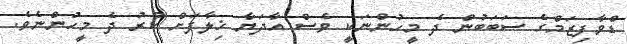
ޑްވާފިޒަމްގެ ސަަަބަބުން ދެ މީހުންނަކީ ވެސް އާދަޔާ ޚިލާފަށް ކުރު ދެ މީހުންނެވެ.